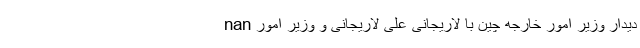
nan دیدار وزیر امور خارجه چین با لاریجانی علی لاریجانی و وزیر امور